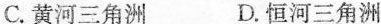
C. 黄河三角洲 D. 恒河三角洲